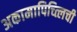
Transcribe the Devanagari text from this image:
अकामापिच्त्लिची